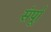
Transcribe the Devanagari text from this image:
संर्पूा